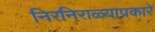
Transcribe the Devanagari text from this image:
निरनिराळ्याप्रकारे